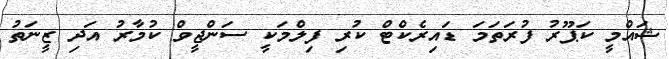
ޝައްމީ ކަޕޫރު ފުރަތަމަ ޑައިރެކްޓް ކުރި ފިލްމަކީ ސަންޖީވް ކުމާރު އަދި ޒީނަތު